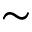
\sim